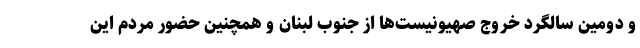
و دومین سالگرد خروج صهیونیست‌ها از جنوب لبنان و همچنین حضور مردم این